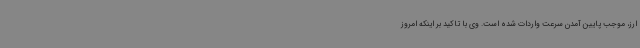
ارز، موجب پایین آمدن سرعت واردات شده است. وی با تاکید بر اینکه امروز